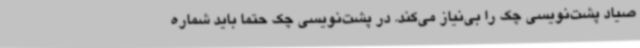
صیاد پشت‌نویسی چک را بی‌نیاز می‌کند. در پشت‌نویسی چک حتما باید شماره